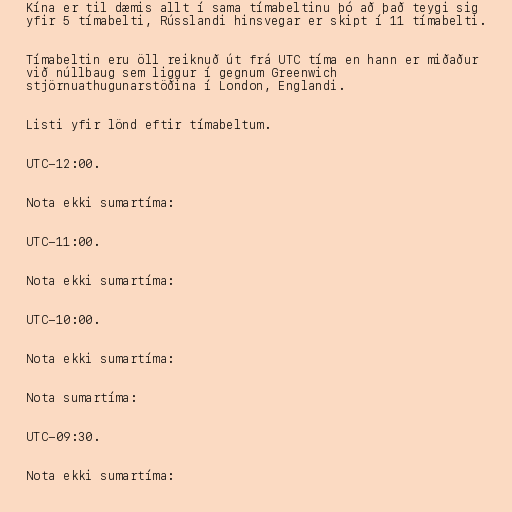
Kína er til dæmis allt í sama tímabeltinu þó að það teygi sig
yfir 5 tímabelti, Rússlandi hinsvegar er skipt í 11 tímabelti.

Tímabeltin eru öll reiknuð út frá UTC tíma en hann er miðaður
við núllbaug sem liggur í gegnum Greenwich
stjörnuathugunarstöðina í London, Englandi.

Listi yfir lönd eftir tímabeltum.

UTC−12:00.

Nota ekki sumartíma:

UTC−11:00.

Nota ekki sumartíma:

UTC−10:00.

Nota ekki sumartíma:

Nota sumartíma:

UTC−09:30.

Nota ekki sumartíma: